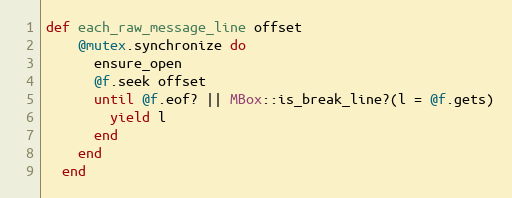
Language: Ruby
def each_raw_message_line offset
    @mutex.synchronize do
      ensure_open
      @f.seek offset
      until @f.eof? || MBox::is_break_line?(l = @f.gets)
        yield l
      end
    end
  end